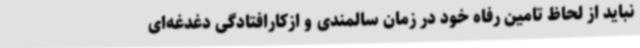
نباید از لحاظ تامین رفاه خود در زمان سالمندی و ازکارافتادگی دغدغه‌ای